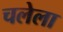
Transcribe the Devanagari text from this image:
चलेला